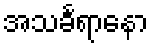
အသင်္ခရာနော